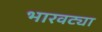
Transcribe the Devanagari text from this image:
भारवट्या